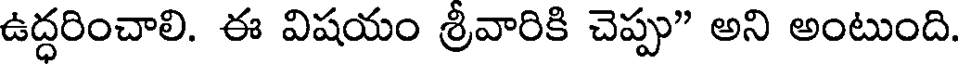
ఉద్ధరించాలి. ఈ విషయం శ్రీవారికి చెప్పు" అని అంటుంది.